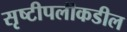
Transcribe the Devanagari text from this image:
सृष्टीपलीकडील